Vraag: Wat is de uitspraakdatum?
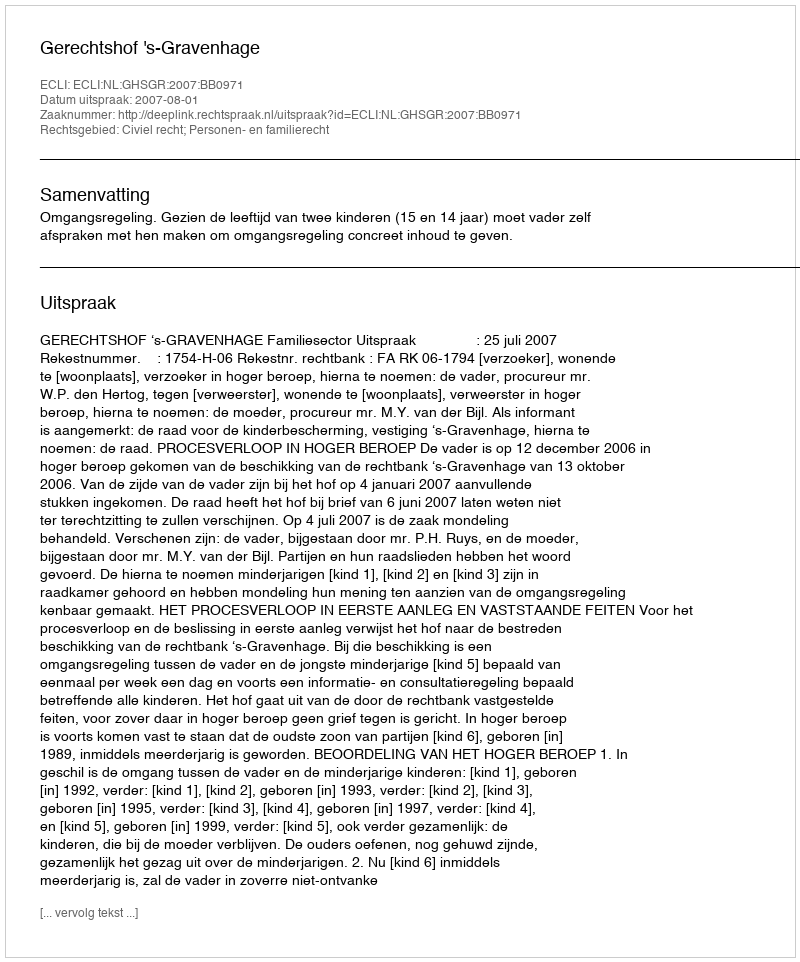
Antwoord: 2007-08-01